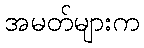
အမတ်များက